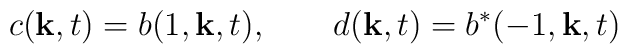
c({\bf k},t)=b(1,{\bf k},t),\qquad d({\bf k},t)=b^{\ast }(-1,{\bf k},t)